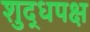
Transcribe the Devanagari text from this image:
शुद्धपक्ष